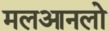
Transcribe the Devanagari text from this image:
मलआनलो